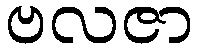
ဗလဇာ